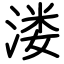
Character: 溇